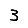
Digit: 3